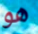
هو